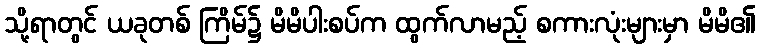
သို့ရာတွင် ယခုတစ် ကြိမ်၌ မိမိပါးစပ်က ထွက်လာမည့် စကားလုံးများမှာ မိမိ၏